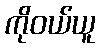
ကိုဝယ်ယူ